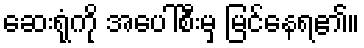
ဆေးရုံကို အပေါ်စီးမှ မြင်နေရ၏။